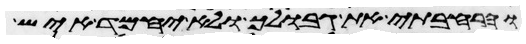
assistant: והרחבתי את גבולך ולא יחמד איש